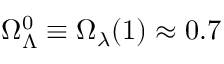
\Omega _ { \Lambda } ^ { 0 } \equiv \Omega _ { \lambda } ( 1 ) \approx 0 . 7